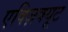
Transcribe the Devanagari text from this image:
एक्ज़िक्यूट